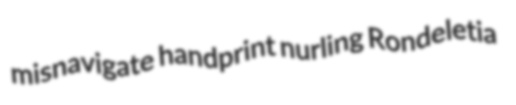
misnavigate handprint nurling Rondeletia